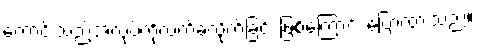
ကောင်းသည့်အလုပ်ကိုလက်ခံလိုက်ခြင်း ဖြစ်ကြောင်း ပြောထားသည်။